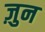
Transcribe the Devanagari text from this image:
ज़ुन